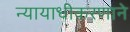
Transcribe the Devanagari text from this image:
न्यायाधीकरणाने